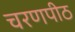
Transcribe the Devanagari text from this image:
चरणपीठ